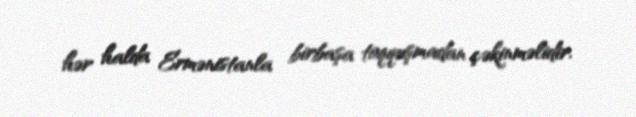
hər halda Ermənistanla birbaşa toqquşmadan çəkinməlidir.